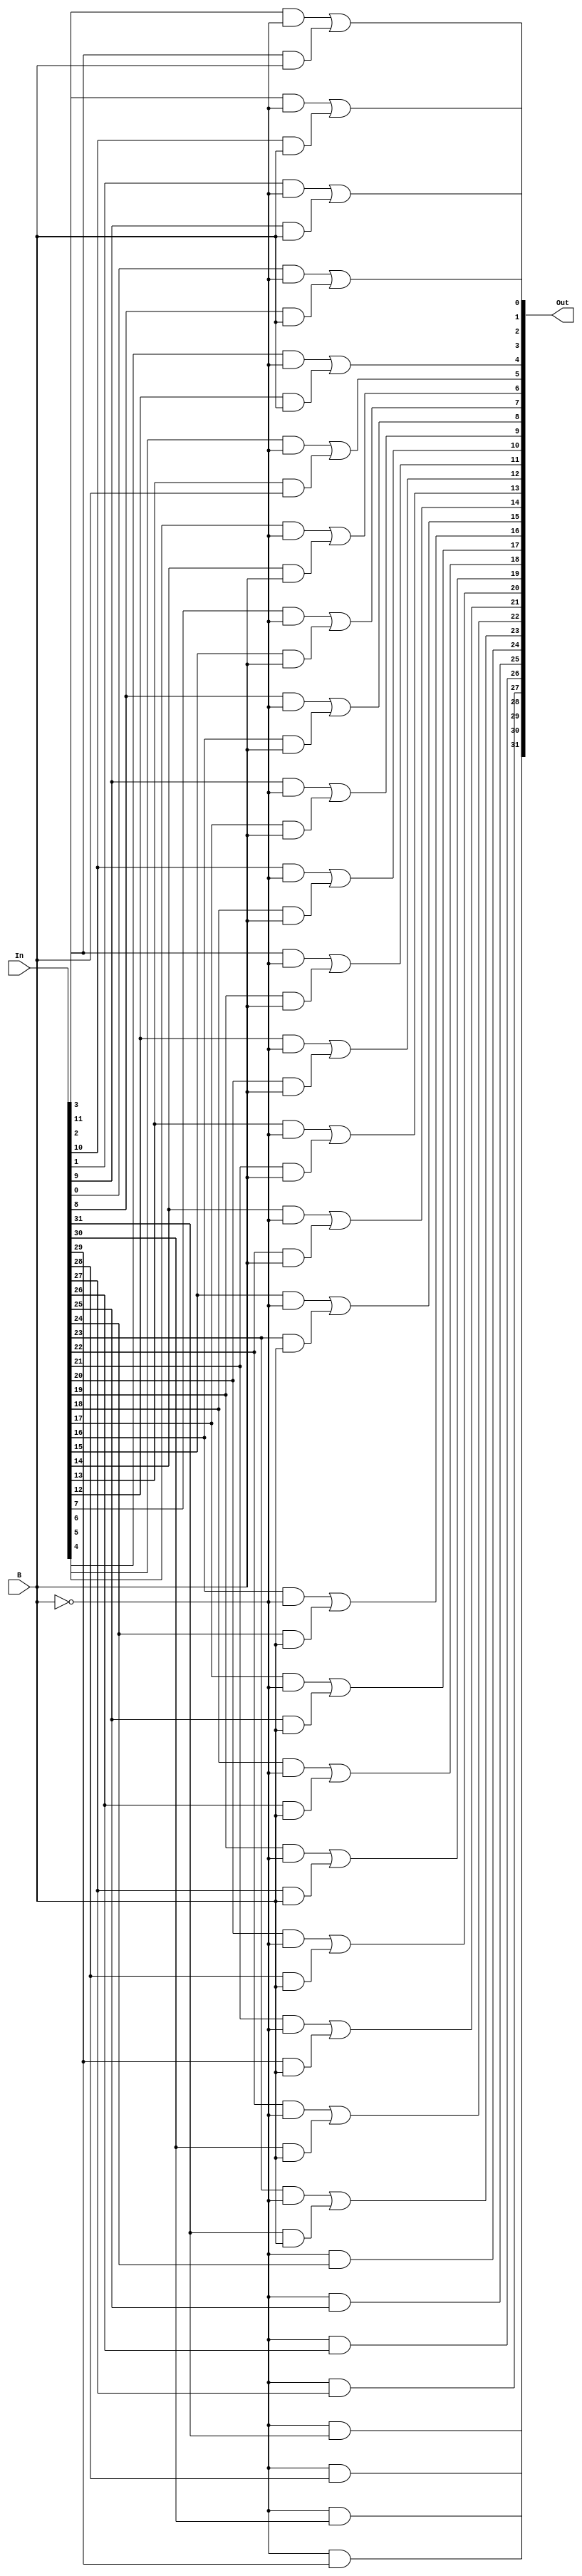
`timescale 1ns / 1ps
//////////////////////////////////////////////////////////////////////////////////
// Company: 
// 
// Design Name: 
// Module Name: ALU32
// Project Name: 
// Target Devices: 
// Tool Versions: 
// Description: 
// 
// Dependencies: 
// 
// Revision:
// Revision 0.01 - File Created
// Additional Comments:
// 
//////////////////////////////////////////////////////////////////////////////////

module G_Shi8 (
    input wire [31:0]   In,
    input wire          B,
    output wire [31:0]  Out
);
 	wire[31:0] tmp1, tmp2;
	wire notB;  

	not(notB, B);

	and(Out[31], notB, In[31]);
	and(Out[30], notB, In[30]);
	and(Out[29], notB, In[29]);
	and(Out[28], notB, In[28]);
	and(Out[27], notB, In[27]);
	and(Out[26], notB, In[26]);
	and(Out[25], notB, In[25]);
	and(Out[24], notB, In[24]);
  	
	and (tmp1[23], In[23], notB);
	and (tmp2[23], In[31], B);
	or(Out[23], tmp1[23], tmp2[23]);
	and (tmp1[22], In[22], notB);
	and (tmp2[22], In[30], B);
	or(Out[22], tmp1[22], tmp2[22]);
	and (tmp1[21], In[21], notB);
	and (tmp2[21], In[29], B);
	or(Out[21], tmp1[21], tmp2[21]);
	and (tmp1[20], In[20], notB);
	and (tmp2[20], In[28], B);
	or(Out[20], tmp1[20], tmp2[20]);
	and (tmp1[19], In[19], notB);
	and (tmp2[19], In[27], B);
	or(Out[19], tmp1[19], tmp2[19]);
	and (tmp1[18], In[18], notB);
	and (tmp2[18], In[26], B);
	or(Out[18], tmp1[18], tmp2[18]);
	and (tmp1[17], In[17], notB);
	and (tmp2[17], In[25], B);
	or(Out[17], tmp1[17], tmp2[17]);
	and (tmp1[16], In[16], notB);
	and (tmp2[16], In[24], B);
	or(Out[16], tmp1[16], tmp2[16]);
	and (tmp1[15], In[15], notB);
	and (tmp2[15], In[23], B);
	or(Out[15], tmp1[15], tmp2[15]);
	and (tmp1[14], In[14], notB);
	and (tmp2[14], In[22], B);
	or(Out[14], tmp1[14], tmp2[14]);
	and (tmp1[13], In[13], notB);
	and (tmp2[13], In[21], B);
	or(Out[13], tmp1[13], tmp2[13]);
	and (tmp1[12], In[12], notB);
	and (tmp2[12], In[20], B);
	or(Out[12], tmp1[12], tmp2[12]);
	and (tmp1[11], In[11], notB);
	and (tmp2[11], In[19], B);
	or(Out[11], tmp1[11], tmp2[11]);
	and (tmp1[10], In[10], notB);
	and (tmp2[10], In[18], B);
	or(Out[10], tmp1[10], tmp2[10]);
	and (tmp1[9], In[9], notB);
	and (tmp2[9], In[17], B);
	or(Out[9], tmp1[9], tmp2[9]);
	and (tmp1[8], In[8], notB);
	and (tmp2[8], In[16], B);
	or(Out[8], tmp1[8], tmp2[8]);
	and (tmp1[7], In[7], notB);
	and (tmp2[7], In[15], B);
	or(Out[7], tmp1[7], tmp2[7]);
	and (tmp1[6], In[6], notB);
	and (tmp2[6], In[14], B);
	or(Out[6], tmp1[6], tmp2[6]);
	and (tmp1[5], In[5], notB);
	and (tmp2[5], In[13], B);
	or(Out[5], tmp1[5], tmp2[5]);
	and (tmp1[4], In[4], notB);
	and (tmp2[4], In[12], B);
	or(Out[4], tmp1[4], tmp2[4]);
	and (tmp1[3], In[3], notB);
	and (tmp2[3], In[11], B);
	or(Out[3], tmp1[3], tmp2[3]);
	and (tmp1[2], In[2], notB);
	and (tmp2[2], In[10], B);
	or(Out[2], tmp1[2], tmp2[2]);
	and (tmp1[1], In[1], notB);
	and (tmp2[1], In[9], B);
	or(Out[1], tmp1[1], tmp2[1]);
	and (tmp1[0], In[0], notB);
	and (tmp2[0], In[8], B);
	or(Out[0], tmp1[0], tmp2[0]);

endmodule